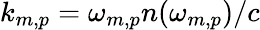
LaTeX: k_{m,p}=\omega_{m,p}n(\omega_{m,p})/c